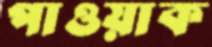
পাওয়াক